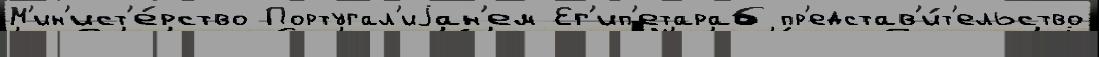
М'ин'ист'е́рство Португал'иjан'ем Ег'ип'етараб пр'едстав'и́т'ельство